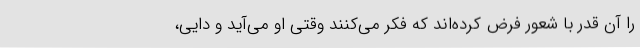
را آن قدر با شعور فرض کرده‌اند که فکر می‌کنند وقتی او می‌آید و دایی،